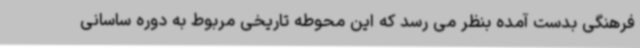
فرهنگی بدست آمده بنظر می رسد که این محوطه تاریخی مربوط به دوره ساسانی